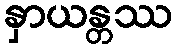
နှာယန္တဿ